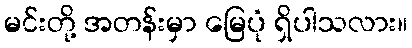
မင်းတို့ အတန်းမှာ မြေပုံ ရှိပါသလား။